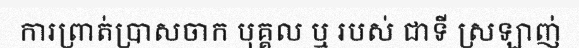
ការព្រាត់ប្រាសចាក បុគ្គល ឬ របស់ ជាទី ស្រឡាញ់